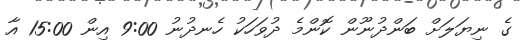
ގެ ނިޔަލަށް ބަންދުނޫން ކޮންމެ ދުވަހަކު ހެނދުނު 9:00 އިން 15:00 އާ